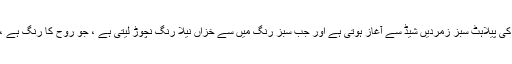
کیا ہم جانتے نہیں کہ پیلے پتوں کی پیلاہٹ سبز زمردیں شیڈ سے آغاز ہوتی ہے اور جب سبز رنگ میں سے خزاں نیلا رنگ نچوڑ لیتی ہے ، جو روح کا رنگ ہے ، تو زرد رنگ باقی رہ جاتا ہے ۔